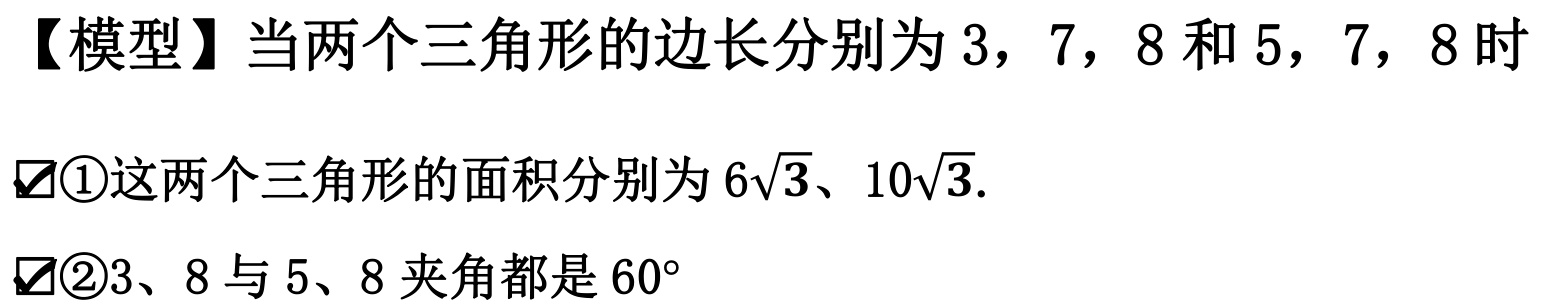
【模型】当两个三角形的边长分别为\(3\)，\(7\)，\(8\)和\(5\)，\(7\)，\(8\)时
\textcircled{1}这两个三角形的面积分别为\(6\sqrt{3}\)、\(10\sqrt{3}\).
\textcircled{2}\(3\)、\(8\)与\(5\)、\(8\)夹角都是\(60^{\circ}\)